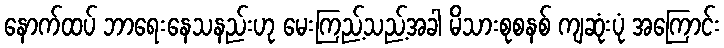
နောက်ထပ် ဘာရေးနေသနည်းဟု မေးကြည့်သည့်အခါ မိသားစုစနစ် ကျဆုံးပုံ အကြောင်း